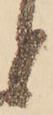
と